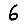
Digit: 6